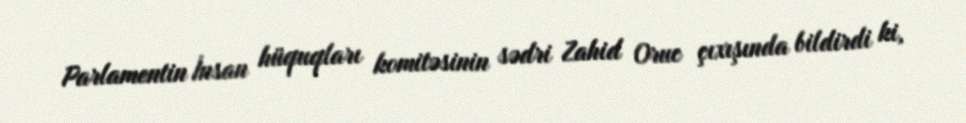
Parlamentin İnsan hüquqları komitəsinin sədri Zahid Oruc çıxışında bildirdi ki,